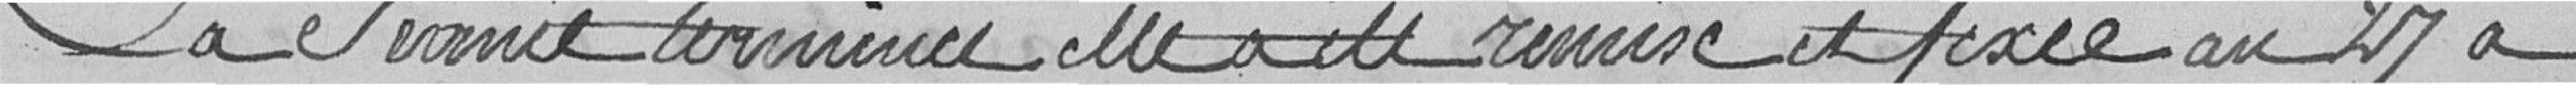
La séance terminée elle a été remise et fixée au 27 a